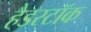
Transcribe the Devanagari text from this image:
हैडस्टॉक